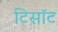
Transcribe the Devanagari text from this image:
टिसॉट